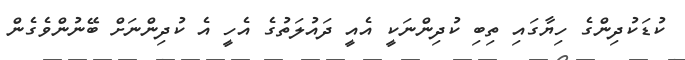
ކުޑަކުދިންގެ ހިޔާގައި ތިބި ކުދިންނަކީ އެއީ ދައުލަތުގެ އެހީ އެ ކުދިންނަށް ބޭނުންވެގެން